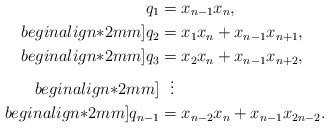
\begin{align*}q_1 &= x_{n-1} x_n, \\begin{align*}2mm]q_2 &= x_1 x_n + x_{n-1} x_{n+1}, \\begin{align*}2mm]q_3 &= x_2 x_n + x_{n-1} x_{n+2}, \\begin{align*}2mm] &\ \ \vdots \\begin{align*}2mm]q_{n-1} &= x_{n-2} x_n + x_{n-1} x_{2n-2}.\end{align*}